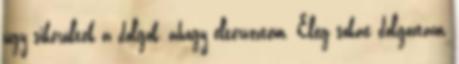
úgy sikerültek a dolgok, ahogy elterveztem. Elég sokat dolgoztam,